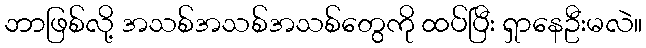
ဘာဖြစ်လို့ အသစ်အသစ်အသစ်တွေကို ထပ်ပြီး ရှာနေဦးမလဲ။